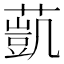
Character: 𦻻